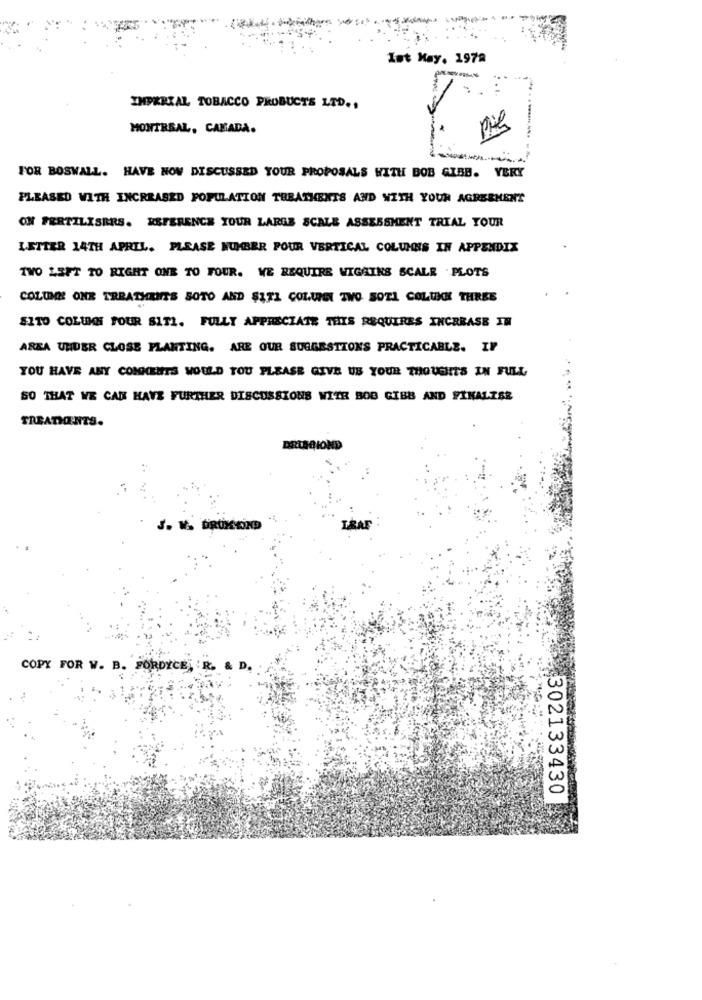
Ist May. 1978
IMPERIAL TOBACCO PRODUCTS LTD .,
MONTREAL, CANADA.
FOR BOSWALL. HAVE NOW DISCUSSED YOUR PROPOSALS WITH BOB GIBB. VERY
PLEASED WITH INCREASED POPULATION TEBATHENTS AND WITH YOUR AGREEMENT
ON FERTILISERS. REFERENCE YOUR LARGE SCALE ASSESSMENT TRIAL TOUR
LETTER 14TH APRIL. PLEASE NUMBER POUR VERTICAL COLUMNS IN APPENDIX
TWO LEFT TO RIGHT ONE TO FOUR. WE REQUIRE WIGAINS SCALE .PLOTS
COLUMN ONE TREATHINTS SOTO AND SITI COLUIEL TWO SOTI COLUMN THREE
SITO COLUMN FOUR SITI. FULLY APPRECIATE THIS REQUIRES INCREASE IN
AREA UNDER CLOSE PLANTING. ARE OUR SUGGESTIONS PRACTICABLE. IF
YOU HAVE ANY COMMENTS WOULD YOU PLEASE GIVE US YOUR THOUGHTS IN FULL
SO THAT WE CAN HAVE FURTHER DISCUSSIONS WITH BOB GIBB AND FINALZER
TREADIONTS.
COPY FOR W. B. FORDYCE, 'R. & D.
302133430